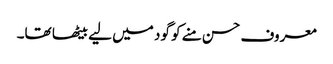
معروف حسن منے کو گود میں لیے بیٹھا تھا۔